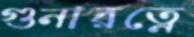
গুনারত্নে